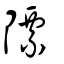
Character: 䧣